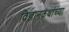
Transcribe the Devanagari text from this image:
विज्ञानकथांच्या